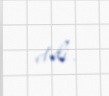
etdi.